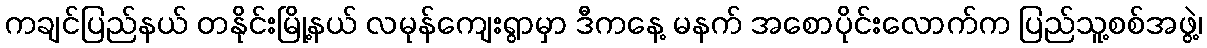
ကချင်ပြည်နယ် တနိုင်းမြို့နယ် လမုန်ကျေးရွာမှာ ဒီကနေ့ မနက် အစောပိုင်းလောက်က ပြည်သူ့စစ်အဖွဲ့၊